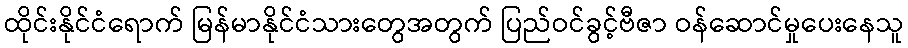
ထိုင်းနိုင်ငံရောက် မြန်မာနိုင်ငံသားတွေအတွက် ပြည်ဝင်ခွင့်ဗီဇာ ဝန်ဆောင်မှုပေးနေသူ